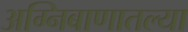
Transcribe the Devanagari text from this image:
अग्निबाणातल्या